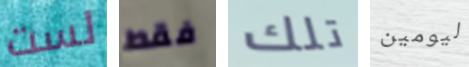
لست فقط تلك ليومين